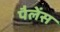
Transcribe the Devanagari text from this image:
पैलेंस